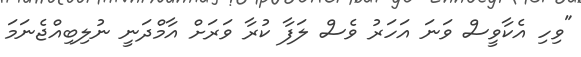
"ވިހި އެކާވީސް ވަނަ އަހަރު ވެސް ލަފާ ކުރާ ވަރަށް އާމްދަނީ ނުލިބިއްޖެނަމަ